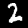
Label: 2